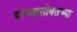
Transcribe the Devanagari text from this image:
यांच्यासोबतच्या